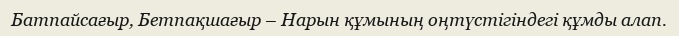
Батпайсағыр, Бетпақшағыр – Нарын құмының оңтүстігіндегі құмды алап.